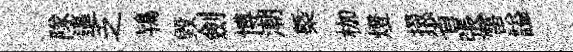
隊逼乏鴇毁劍博潮㮣枷燈掇省張雷謚